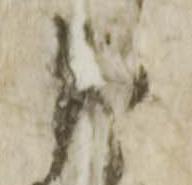
申